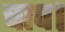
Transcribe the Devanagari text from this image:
चाप।